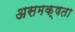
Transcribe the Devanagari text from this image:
असमक्षता